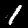
Digit: 1